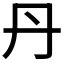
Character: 丹